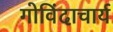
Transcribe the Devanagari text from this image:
गोविंदाचार्य